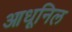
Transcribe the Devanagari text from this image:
आधूनिल